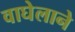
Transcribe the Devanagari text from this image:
वाघेलाने